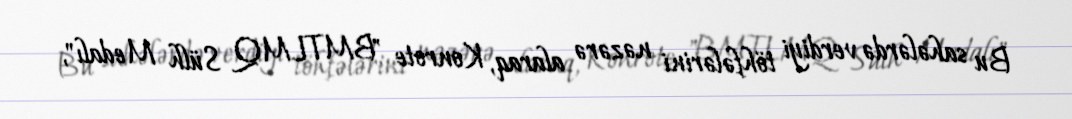
Bu sahələrdə verdiyi töhfələrini nəzərə alaraq, Konrote "BMTLMQ Sülh Medalı",